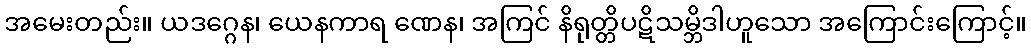
အမေးတည်း။ ယဒဂ္ဂေန၊ ယေနကာရ ဏေန၊ အကြင် နိရုတ္တိပဋိသမ္ဘိဒါဟူသော အကြောင်းကြောင့်။